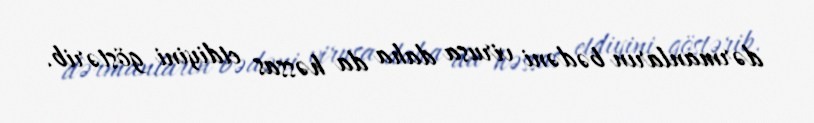
dərmanların bədəni virusa daha da həssas etdiyini göstərib.